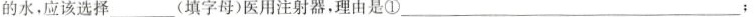
的水，应该选择___(填字母)医用注射器，理由是①___；